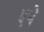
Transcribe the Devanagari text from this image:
एथे